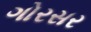
ગોરસર